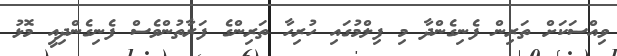
ވިއްސަކަށް ތަރިން ފެނިގެންދާ މި ފިލްމުގައި ހުރިހާ ތަރިންގެ ފަރާތުންވެސް ފެނިގެންދިއީ މޮޅު